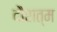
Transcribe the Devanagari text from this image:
दौरात्म